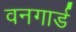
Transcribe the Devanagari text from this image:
वनगार्ड